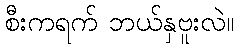
စီးကရက် ဘယ်နှဗူးလဲ။